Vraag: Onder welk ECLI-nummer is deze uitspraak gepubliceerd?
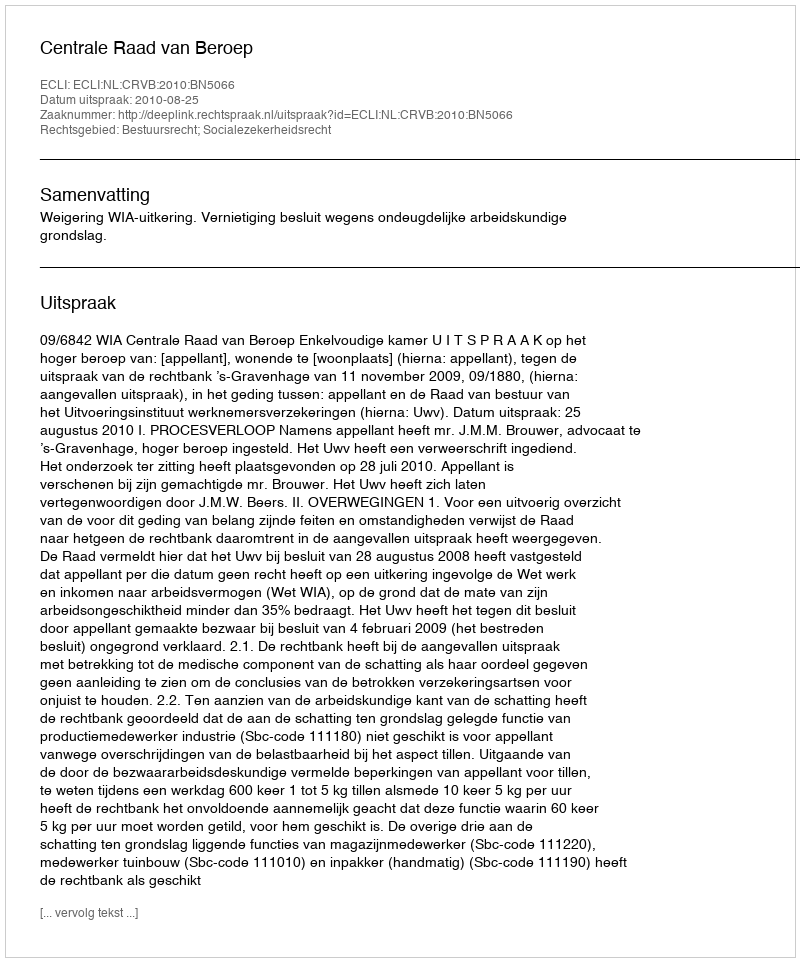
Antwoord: ECLI:NL:CRVB:2010:BN5066